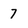
Character: 7